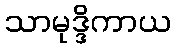
သာမုဒ္ဒိကာယ